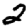
Digit: 2